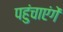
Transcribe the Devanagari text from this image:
पहुंचाएंगें